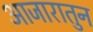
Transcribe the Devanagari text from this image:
आजारातुन